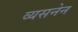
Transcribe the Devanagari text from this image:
व्यसनेन